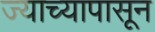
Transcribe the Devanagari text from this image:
ज्याच्यापासून